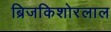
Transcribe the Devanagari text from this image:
ब्रिजकिशोरलाल